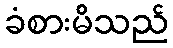
ခံစားမိသည်